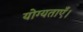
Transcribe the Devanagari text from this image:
योग्यताएँ।